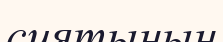
сиятынын